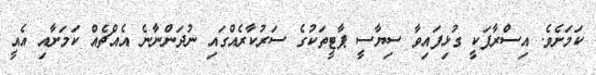
ކަމަށެވެ. އިސްރާފަކީ ގުޅިފައިވާ ސިޔާސީ ޕާޓީތަކުގެ ސަރުކާރެއްގައި ނުދަންނާނެ އެއްޗެއް ކަމަށާއި އެއީ